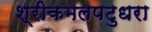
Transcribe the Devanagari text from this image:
श्रीकमलपटुधरा